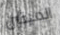
الميتين